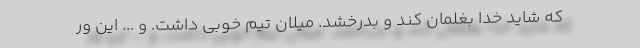
که شاید خدا بغلمان کند و بدرخشد. میلان تیم خوبی داشت. و ... این ور